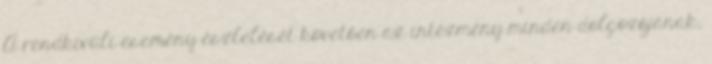
A rendkívüli esemény észlelését követően az intézmény minden dolgozójának,